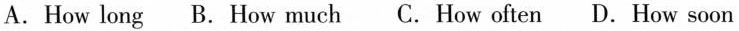
A.How long B.How much C. How often D.How soon